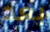
بعد